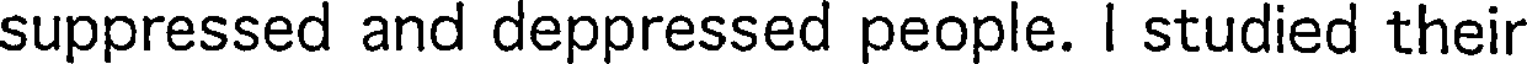
suppressed and deppressed people. I studied their